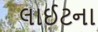
લાઈટના